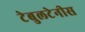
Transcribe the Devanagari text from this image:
टेबुलटेनीस